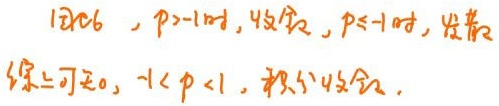
已知，$p > -1$时，收敛，$p \leq -1$时，发散。
综上可知，$-1 < p < 1$，积分收敛。